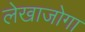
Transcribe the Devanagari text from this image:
लेखाजोगा